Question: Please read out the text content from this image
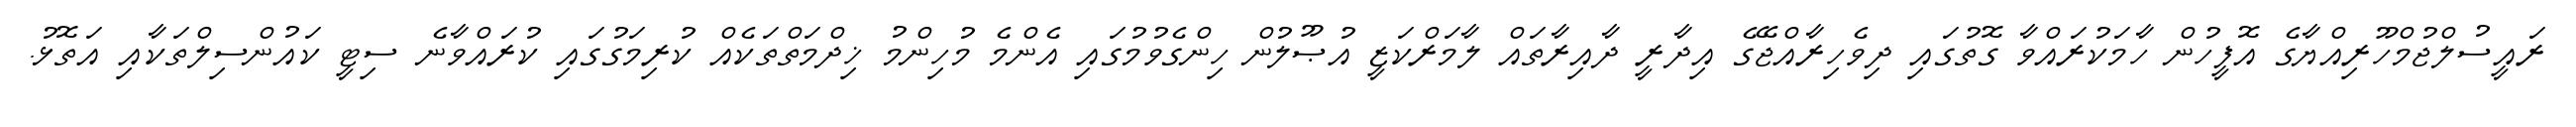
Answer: ރައީސުލްޖުމްހޫރިއްޔާގެ އޮފީހުން ހާމަކުރައްވާ ގޮތުގައި ދިވެހިރާއްޖޭގެ އިދާރީ ދާއިރާތައް ލާމަރްކަޒީ އުޞޫލުން ހިންގެވުމުގައި އެންމެ މުހިންމު ޚިދްމަތްތަކެއް ކުރިމަގުގައި ކުރައްވާނެ ސިޓީ ކައުންސިލްތަކާއި އަތޮޅު.